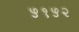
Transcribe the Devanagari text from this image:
५१५२